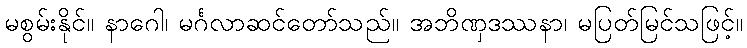
မစွမ်းနိုင်။ နာဂေါ၊ မင်္ဂလာဆင်တော်သည်။ အဘိဏှဒဿနာ၊ မပြတ်မြင်သဖြင့်။